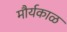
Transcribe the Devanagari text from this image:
मौर्यकाळ